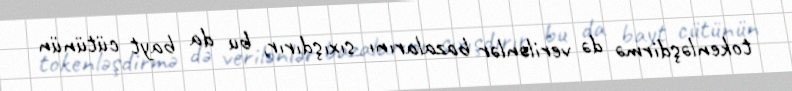
tokenləşdirmə də verilənlər bazalarını sıxışdırır, bu da bayt cütünün